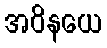
အဝိနယေ